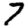
Digit: 7